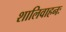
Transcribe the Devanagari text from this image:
शालिवाहनः